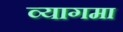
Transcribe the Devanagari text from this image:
व्यागमा